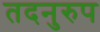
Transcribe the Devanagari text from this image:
तदनुरुप